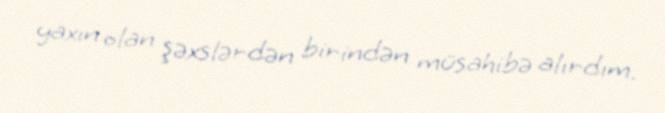
yaxın olan şəxslərdən birindən müsahibə alırdım.